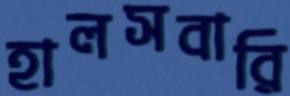
হালসবারি